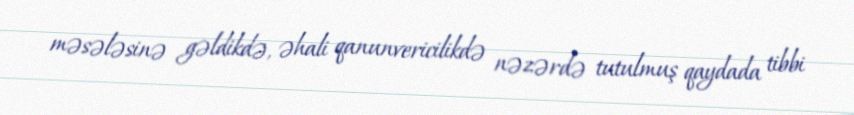
məsələsinə gəldikdə, əhali qanunvericilikdə nəzərdə tutulmuş qaydada tibbi